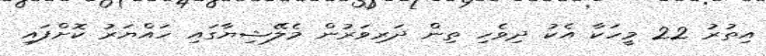
އިތުރު 22 މީހަކާ އެކު ދިވެހި ތިން ދަރިވަރުން މެލޭޝިޔާގައި ހައްޔަރު ކޮށްފައި